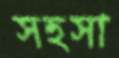
সহসা